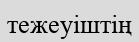
тежеуіштің